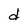
Character: d